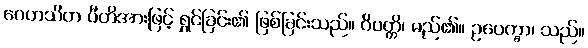
ဂေဟသိတ ပီတိအားဖြင့် ရွှင်ခြင်း၏ ဖြစ်ခြင်းသည်။ ဝိပတ္တိ၊ မည်၏။ ဥပေက္ခာ၊ သည်။